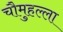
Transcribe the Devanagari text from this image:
चौमुहल्ला